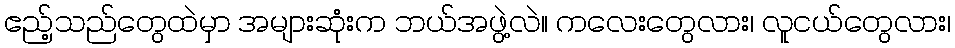
ဧည့်သည်တွေထဲမှာ အများဆုံးက ဘယ်အဖွဲ့လဲ။ ကလေးတွေလား၊ လူငယ်တွေလား၊